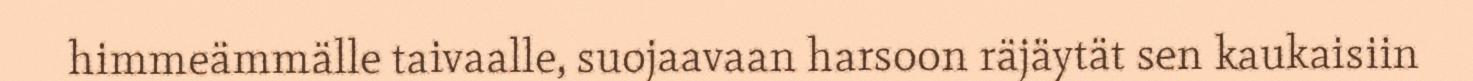
himmeämmälle taivaalle, suojaavaan harsoon räjäytät sen kaukaisiin